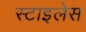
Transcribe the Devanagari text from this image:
स्टाइलेस